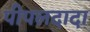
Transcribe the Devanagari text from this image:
पीपलदादा